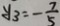
y _ { 3 } = - \frac { 7 } { 5 }